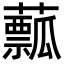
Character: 䕯